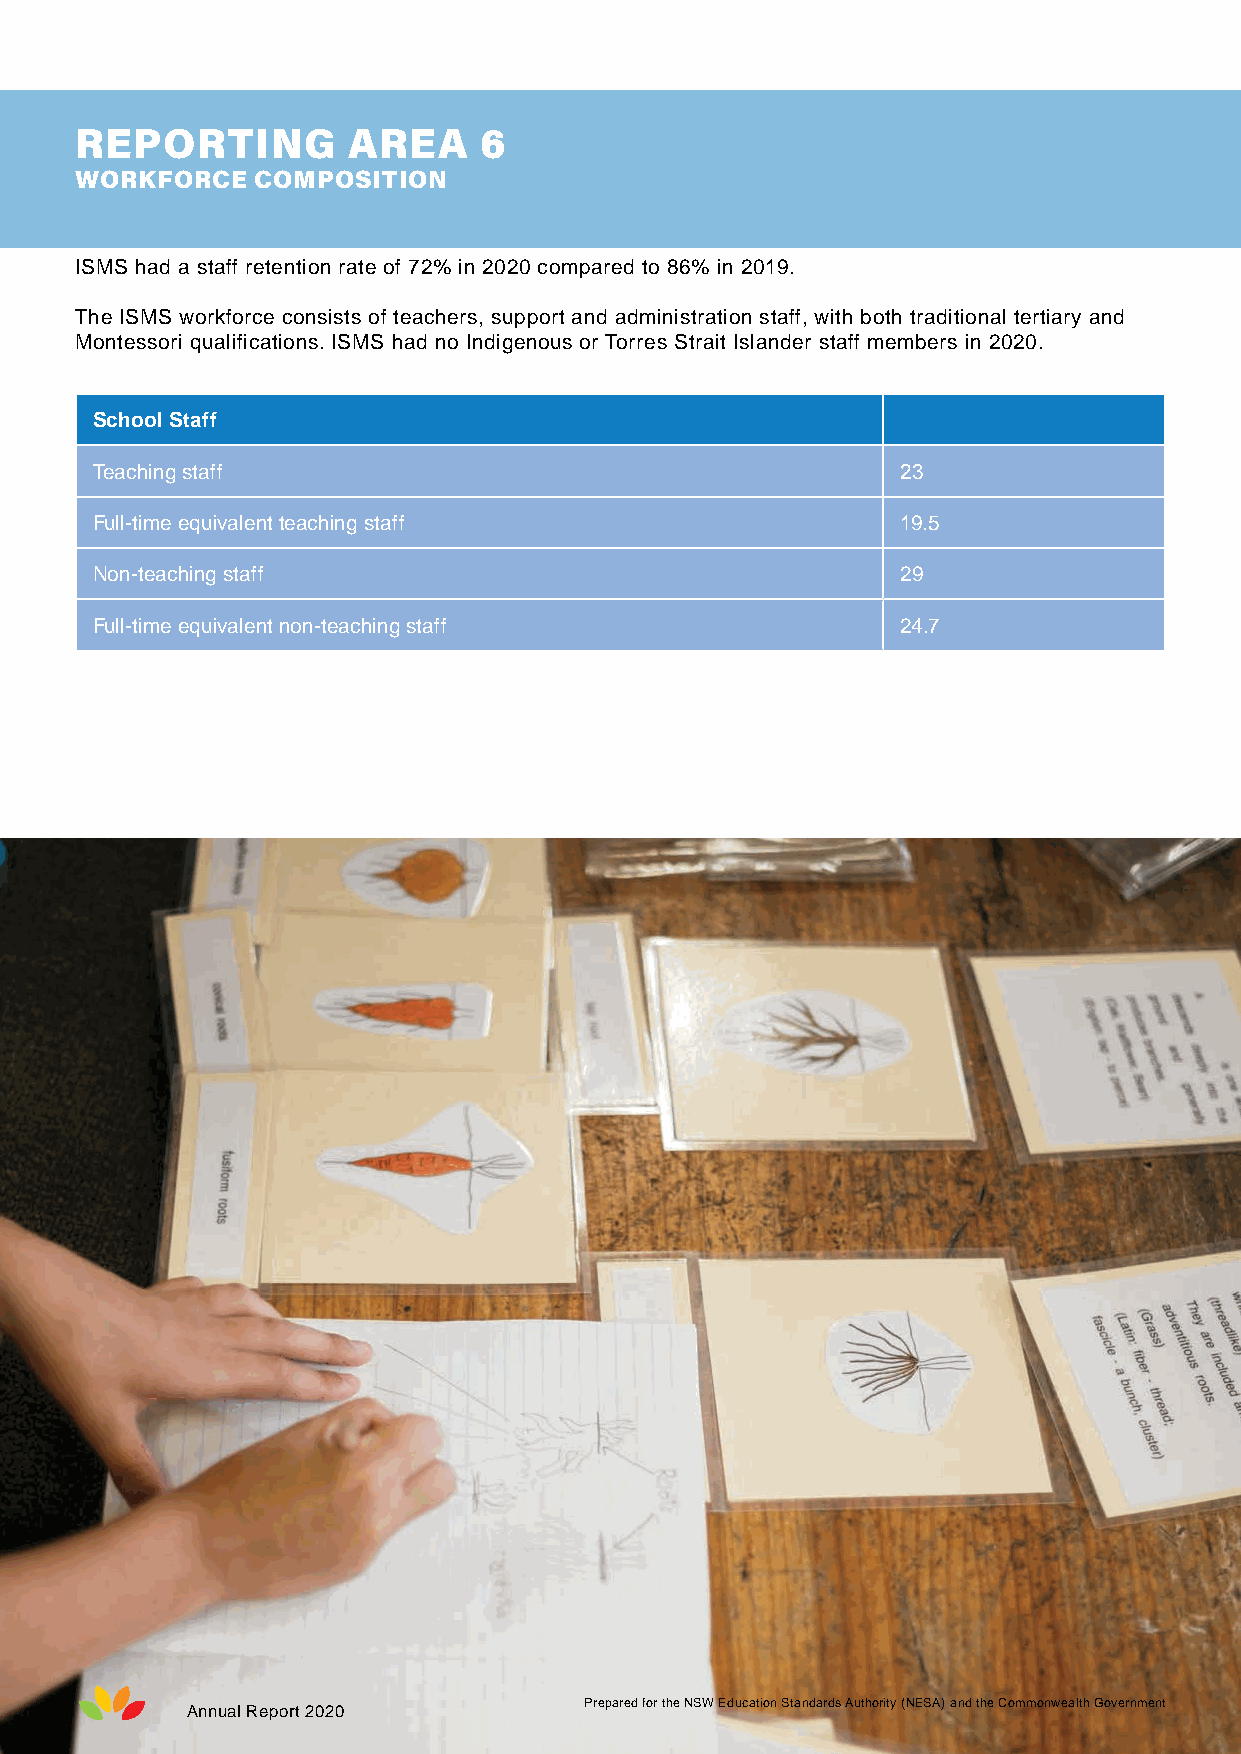
REPORTING         AREA     6
 WORKFORCE   COMPOSITION
 ISMS had a staff retention rate of 72% in 2020 compared to 86% in 2019.
 The ISMS workforce consists of teachers, support and administration staff, with both traditional tertiary and
 Montessori qualifications. ISMS had no Indigenous or Torres Strait Islander staff members in 2020.
 School Staff
 Teaching staff                                        23
 Full-time equivalent teaching staff                   19.5
 Non-teaching staff                                    29
 Full-time equivalent non-teaching staff               24.7
 Prepared for the NSW Education Standards Authority (NESA) and the Commonwealth Government
 Annual Report 2020